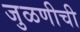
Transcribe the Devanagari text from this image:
जुळणीची